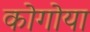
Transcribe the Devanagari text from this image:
कोगोया